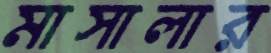
মাসালার